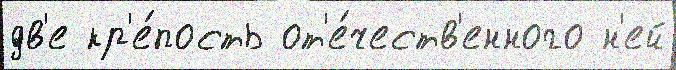
дв'е кр'е́пость от'е́честв'енного н'ей